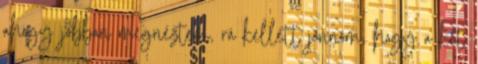
ahogy jobban megnéztem, rá kellett jönnöm, hogy a két